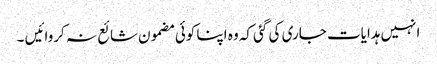
انہیں ہدایات جاری کی گئی کہ وہ اپنا کوئی مضمون شائع نہ کروائیں ۔